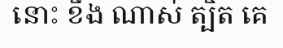
នោះ ខឹង ណាស់ ត្បិត គេ